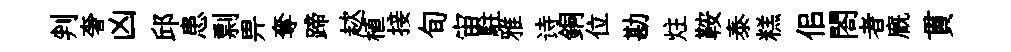
判奢凶邱患剽畀奪蹄趑植接旬宙駐雅诗銅位勘炷鞍泰糕佀閤者廐貫